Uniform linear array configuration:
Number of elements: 16
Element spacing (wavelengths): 0.25
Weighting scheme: binomial
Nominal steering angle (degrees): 0
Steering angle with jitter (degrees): -0.1504
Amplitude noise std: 0.05
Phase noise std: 0.05

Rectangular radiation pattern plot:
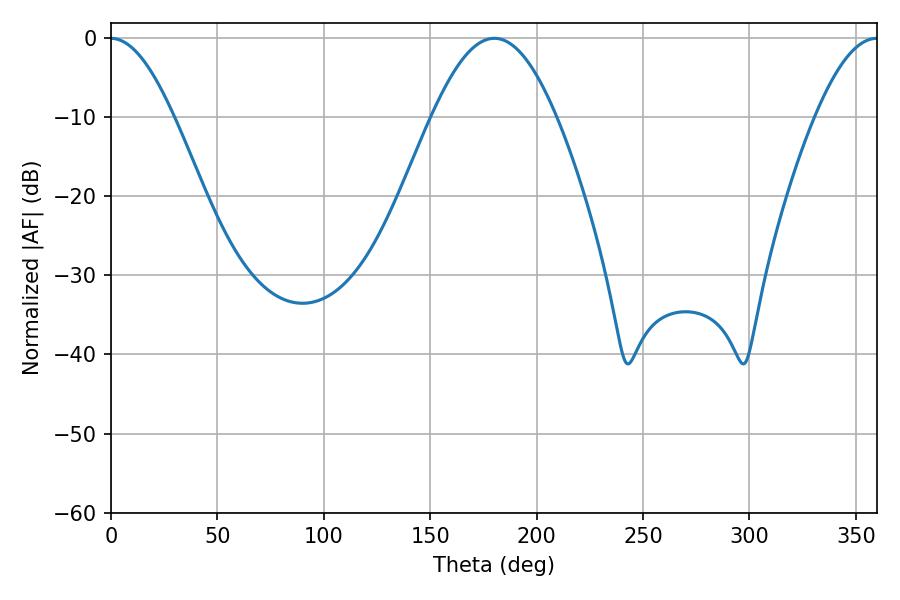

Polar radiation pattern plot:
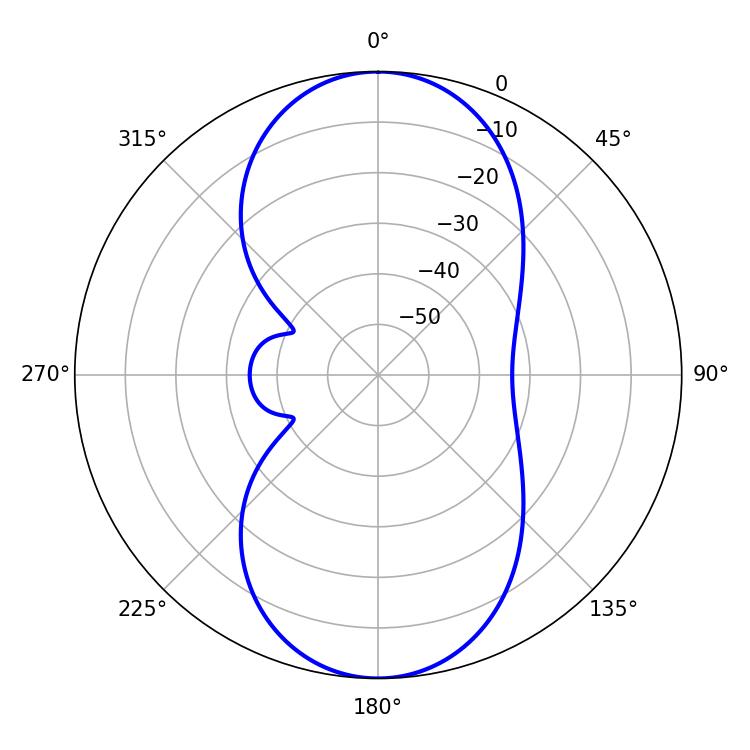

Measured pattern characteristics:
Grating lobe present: FALSE
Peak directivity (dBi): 27.482
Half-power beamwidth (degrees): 31.68
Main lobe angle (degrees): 180.18